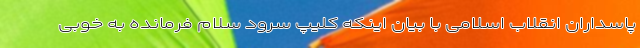
پاسداران انقلاب اسلامی با بیان اینکه کلیپ سرود سلام فرمانده به خوبی